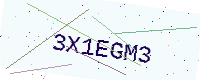
Text: 3X1EGM3